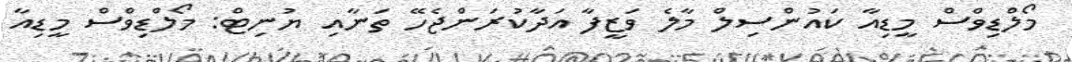
މޯލްޑިވްސް މީޑިއާ ކައުންސިލް މާލެ ވަޒީފާ އަދާކުރަންޖެހޭ ތަނާއި ޔުނިޓް: މޯލްޑިވްސް މީޑިއާ